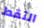
التقط